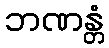
ဘဏန္တံ